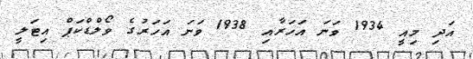
އަދި މިއީ 1934 ވަނަ އަހަރާއި 1938 ވަނަ އަހަރުގެ ވޯލްޑްކަޕް އިޓަލީ